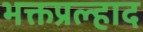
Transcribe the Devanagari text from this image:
भक्तप्रल्हाद